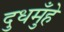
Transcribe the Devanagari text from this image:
दुधमुँहे